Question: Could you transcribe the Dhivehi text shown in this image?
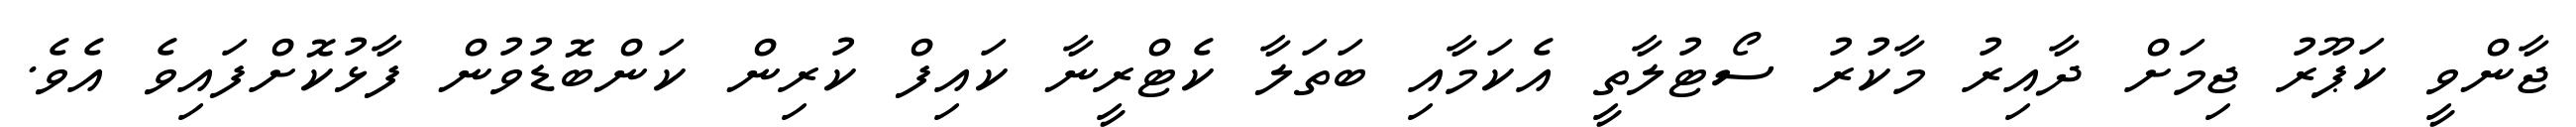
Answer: ޖާންވީ ކަޕޫރު ޖިމަށް ދާއިރު މާކުރު ސޯޓުލާތީ އެކަމާއި ބަތަލާ ކެޓްރީނާ ކައިފް ކުރިން ކަންބޮޑުވުން ފާޅުކޮށްފައިވެ އެވެ.